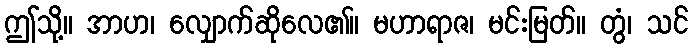
ဤသို့။ အာဟ၊ လျှောက်ဆိုလေ၏။ မဟာရာဇ၊ မင်းမြတ်။ တွံ၊ သင်